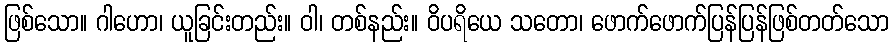
ဖြစ်သော။ ဂါဟော၊ ယူခြင်းတည်း။ ဝါ၊ တစ်နည်း။ ဝိပရိယေ သတော၊ ဖောက်ဖောက်ပြန်ပြန်ဖြစ်တတ်သော